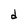
Character: d